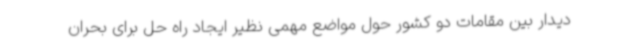
دیدار بین مقامات دو کشور حول مواضع مهمی نظیر ایجاد راه حل برای بحران